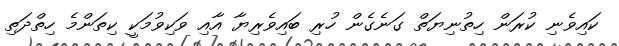
ކައިވެނި ކުރަން ހިތުނިޔަތް ގަނެގެން ހުރި ބައިވެރިޔާ އާއި ވަކިވުމަކީ ކިތަންމެ ހިތްދަތި